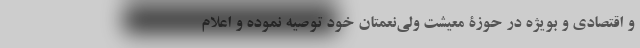
و اقتصادی و بویژه در حوزة معیشت ولی‌نعمتان خود توصیه نموده و اعلام